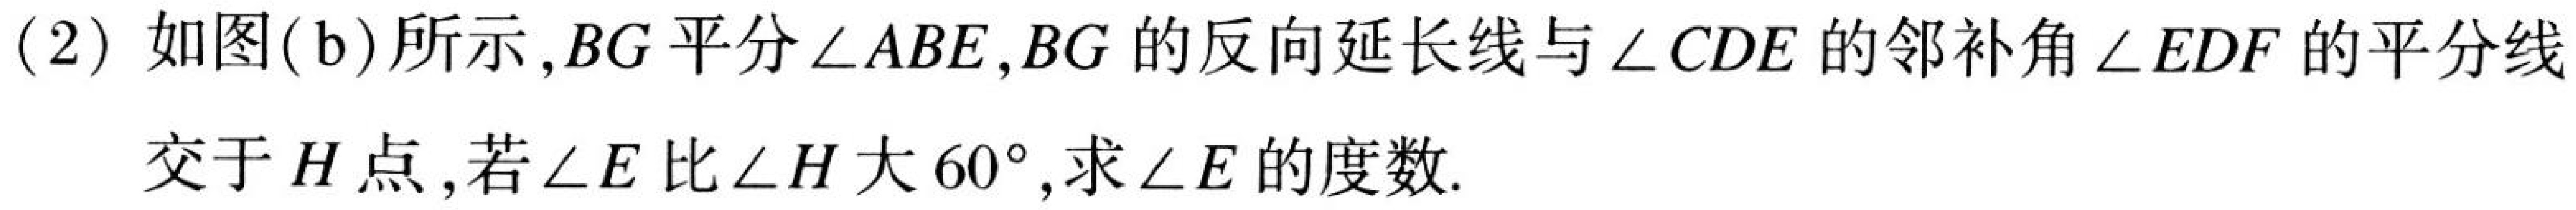
(2) 如图(b)所示,$BG$平分$\angle ABE$,$BG$的反向延长线与$\angle CDE$的邻补角$\angle EDF$的平分线
交于$H$点,若$\angle E$比$\angle H$大$60^{\circ}$,求$\angle E$的度数.